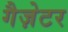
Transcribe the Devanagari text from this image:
गैज़ेटर